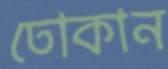
ঢোকান